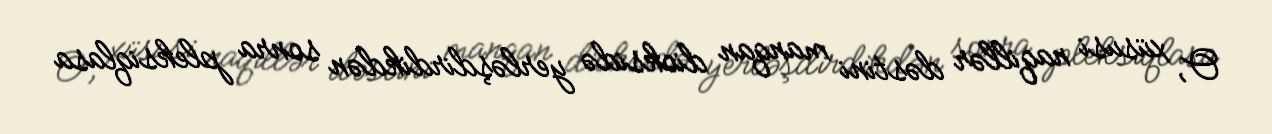
O, xüsusi naqillər dəstini manqan dioksidə yerləşdirdikdən sonra pleksiqlasa